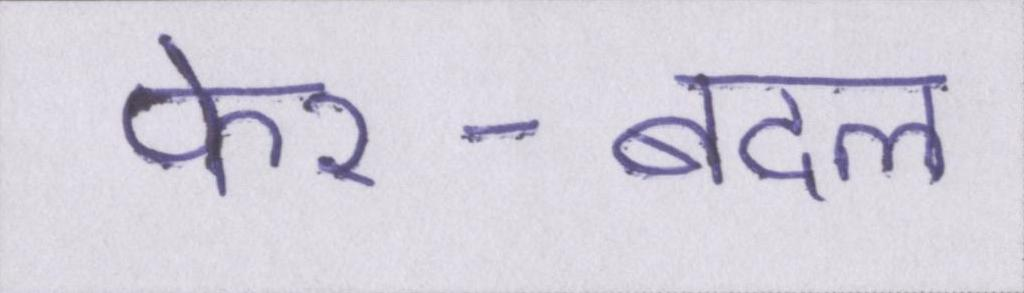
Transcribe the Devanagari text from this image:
फेर-बदल